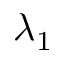
\lambda _ { 1 }